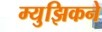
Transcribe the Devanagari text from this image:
म्युझिकने